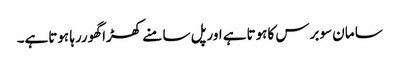
سا مان سوبرس کاہوتاہے اورپل سا منے کھڑا گھوررہا ہوتاہے۔